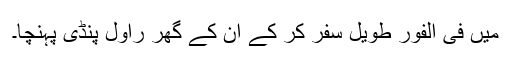
میں فی الفور طویل سفر کر کے ان کے گھر راول پنڈی پہنچا۔